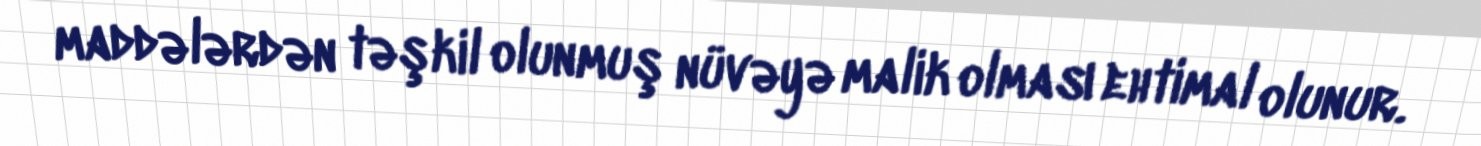
maddələrdən təşkil olunmuş nüvəyə malik olması ehtimal olunur.